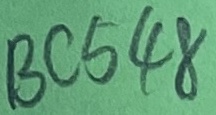
Text: BC548